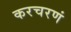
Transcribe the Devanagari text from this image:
करचरणं